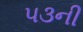
૫૩ની